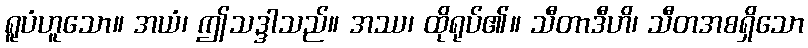
ရူပံဟူသော။ အယံ၊ ဤသဒ္ဒါသည်။ အဿ၊ ထိုရုပ်၏။ သီတာဒီဟိ၊ သီတအစရှိသော